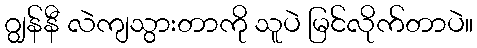
ဂျွန်နီ လဲကျသွားတာကို သူပဲ မြင်လိုက်တာပဲ။